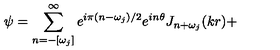
\psi = \sum _ { n = - [ \omega _ { j } ] } ^ { \infty } e ^ { i \pi ( n - \omega _ { j } ) / 2 } e ^ { i n \theta } J _ { n + \omega _ { j } } ( k r ) +